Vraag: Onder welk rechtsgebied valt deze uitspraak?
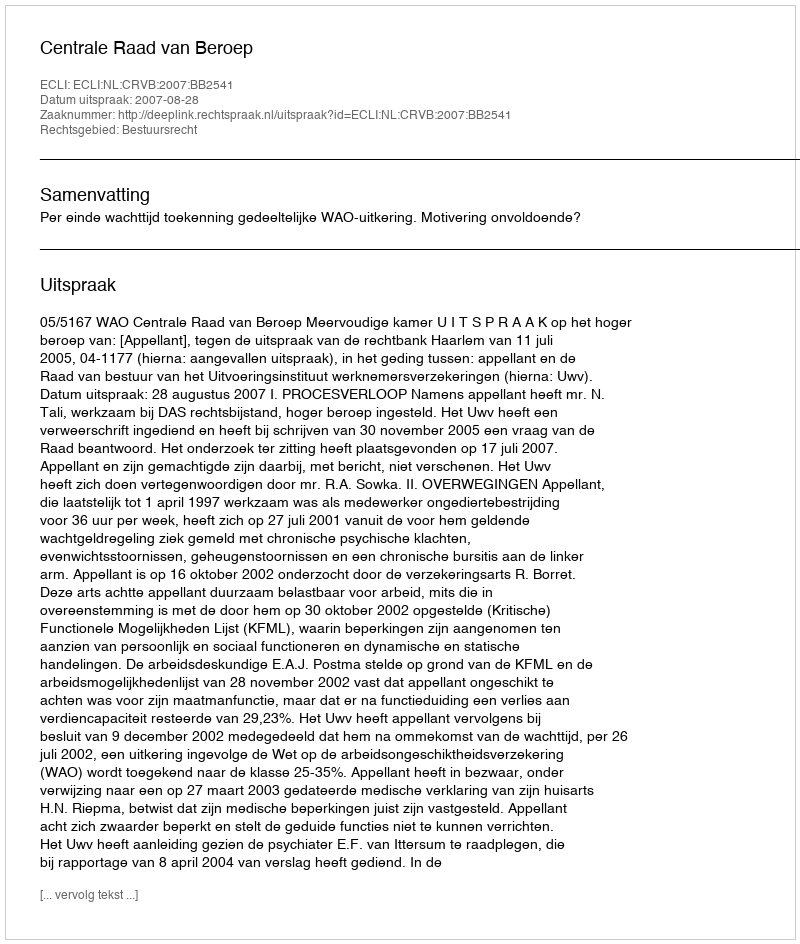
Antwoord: Bestuursrecht